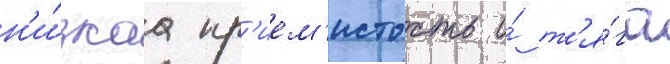
н'и́зкаа пр'ием'истость и́ т'я́га